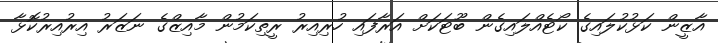
އާޒީން ކަޅުކުލައިގެ ކޯޓެއްލައިގެން ބޫޓަކަށް އަރާފައި ހުރިއިރު ރީތިކަމުން މާއިޒްގެ ނަޒަރު އިރުއިރުކޮޅާ